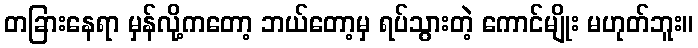
တခြားနေရာ မှန်လို့ကတော့ ဘယ်တော့မှ ရပ်သွားတဲ့ ကောင်မျိုး မဟုတ်ဘူး။